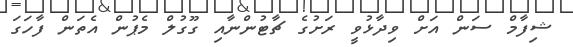
ޝިފާމް ސަން އަށް ވިދާޅުވީ ރަށުގެ ޗާޓުންނާއި ގޫގުލް މެޕުން އެތަން ފާހަގަ